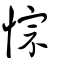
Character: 悰